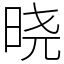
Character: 晓